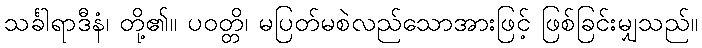
သင်္ခါရာဒီနံ၊ တို့၏။ ပဝတ္တိ၊ မပြတ်မစဲလည်သောအားဖြင့် ဖြစ်ခြင်းမျှသည်။